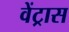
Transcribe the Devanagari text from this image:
वेंट्रास